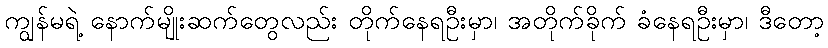
ကျွန်မရဲ့ နောက်မျိုးဆက်တွေလည်း တိုက်နေရဦးမှာ၊ အတိုက်ခိုက် ခံနေရဦးမှာ၊ ဒီတော့